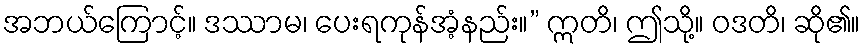
အဘယ်ကြောင့်။ ဒဿာမ၊ ပေးရကုန်အံ့နည်း။” ဣတိ၊ ဤသို့။ ဝဒတိ၊ ဆို၏။